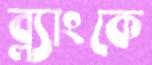
ব্ল্যাংকে